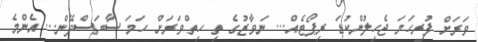
ވަރަށް ފުރިހަމަ ޖެހިލުންކުޑަ ރިޕޯޓެއް... ނަވާޒުގެ ތި ހިތްވަަރަށް ހަމަ ސާބަސްދޭން... އެންމެ